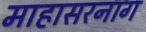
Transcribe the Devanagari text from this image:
माहासरनाग